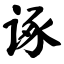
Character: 诼